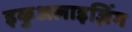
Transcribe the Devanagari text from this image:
इकुअलाइज़िंग